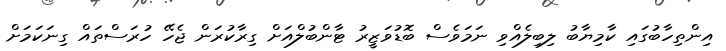
އިންތިހާބުގައި ކާމިޔާބު ލިބިލެއްވި ނަމަވެސް ބޮޑުވަޒީރު ޓާންބުލްއަށް ގިރާކުރަން ޖެހޭ ހުރަސްތައް ގިނަކަމަށް